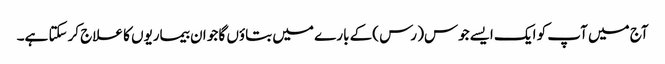
آج میں آپ کو ایک ایسےجوس( رس )کے بارے میں بتاؤں گا جو ان بیماریوں کا علاج کرسکتا ہے۔